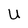
Character: U